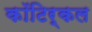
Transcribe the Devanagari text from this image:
कॉटिर्कल